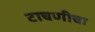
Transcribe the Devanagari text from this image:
टाचणीचा